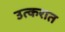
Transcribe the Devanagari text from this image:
उत्करात